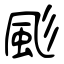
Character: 颩